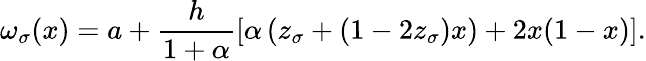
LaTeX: \omega_{\sigma}(x)=a+\frac{h}{1+\alpha}\left[\alpha\left(z_{\sigma}+\left(1-2z_{\sigma}\right)x\right)+2x(1-x)\right].